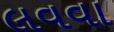
લવવા